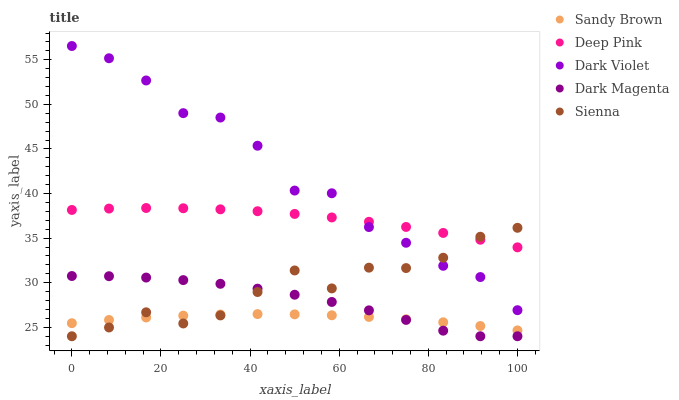
| xaxis_label | Sandy Brown | Deep Pink | Dark Violet | Dark Magenta | Sienna |
 | --- | --- | --- | --- | --- | --- |
 | 0 | 25.5 | 38.2 | 56.5 | 30.8 | 24 |
 | 8.33 | 25.8 | 38.3 | 55.2 | 30.7 | 25 |
 | 16.7 | 26.1 | 38.4 | 52.7 | 30.6 | 26.7 |
 | 25 | 26.3 | 38.4 | 49 | 30.3 | 25.4 |
 | 33.3 | 26.4 | 38.2 | 48.5 | 29.9 | 26.3 |
 | 41.7 | 26.5 | 38 | 45.4 | 29.3 | 29 |
 | 50 | 26.5 | 37.7 | 40.3 | 28.7 | 31.4 |
 | 58.3 | 26.4 | 37.3 | 40 | 27.8 | 29.4 |
 | 66.7 | 26.2 | 36.8 | 36.2 | 26.9 | 31.7 |
 | 75 | 25.9 | 36.3 | 34.5 | 25.8 | 31.6 |
 | 83.3 | 25.6 | 35.6 | 31.9 | 24.6 | 32.8 |
 | 91.7 | 25.1 | 34.8 | 30.6 | 24 | 35.2 |
 | 100 | 24.7 | 34 | 26.9 | 24 | 36.2 |